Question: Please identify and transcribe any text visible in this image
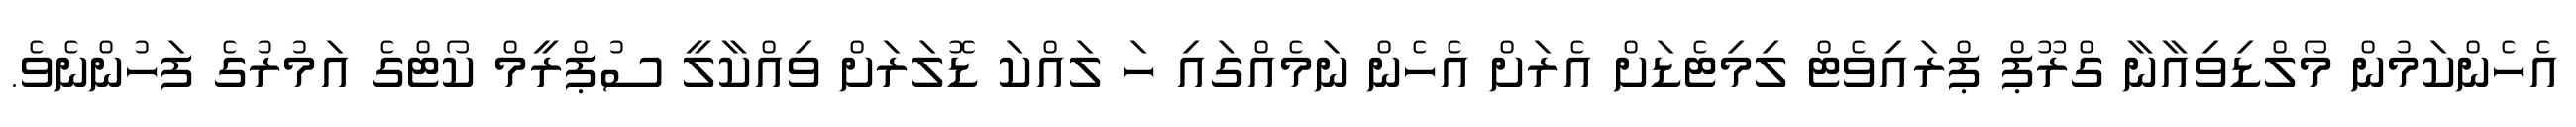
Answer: އެހެންކަމުން މޯލްޑިވިއާނާ ގްރޫޕް ޕްރައިވެޓް ލިމިޓެޑަށް އެރަށް އެހެން ނަމެއްގައި ހަ ލައްކަ ޑޮލަރަށް ވިއްކާލީ ސުޕްރީމް ކޯޓްގެ އަމުރުގެ ފަހުންނެވެ.